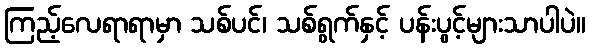
ကြည့်လေရာရာမှာ သစ်ပင်၊ သစ်ရွက်နှင့် ပန်းပွင့်များသာပါပဲ။